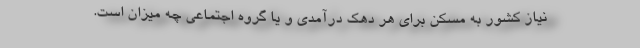
نیاز کشور به مسکن برای هر دهک درآمدی و یا گروه اجتماعی چه میزان است.